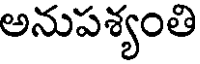
అనుపశ్యంతి